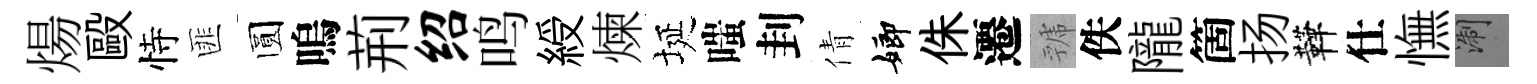
煬毆恃匪圆嗚荊绍鸣綬煉埏嗤刲倩嫏侏遷虢佚隴箇扬鞾仕憮浙